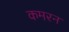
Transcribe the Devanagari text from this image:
कमरन